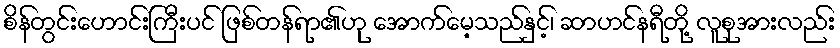
စိန်တွင်းဟောင်းကြီးပင် ဖြစ်တန်ရာ၏ဟု အောက်မေ့သည်နှင့်၊ ဆာဟင်နရီတို့ လူစုအားလည်း